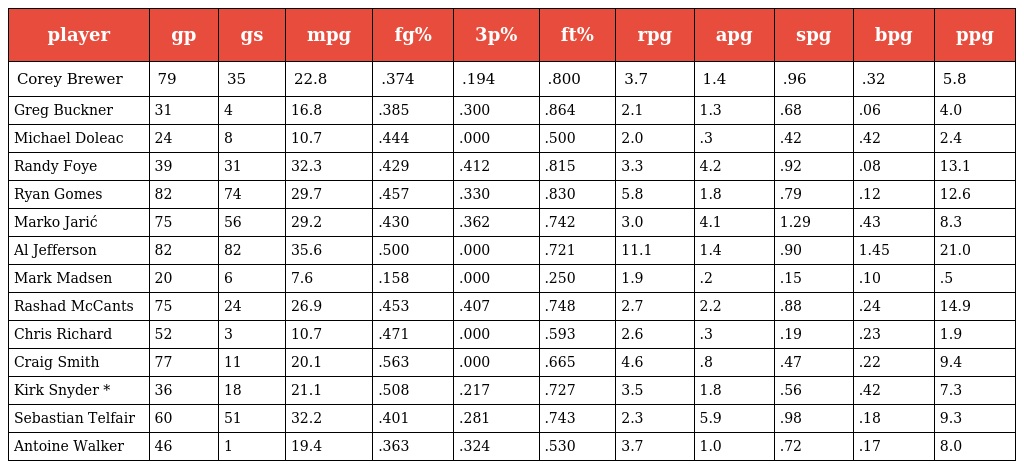
| player | gp | gs | mpg | fg% | 3p% | ft% | rpg | apg | spg | bpg | ppg |
 | --- | --- | --- | --- | --- | --- | --- | --- | --- | --- | --- | --- |
 | Corey Brewer | 79 | 35 | 22.8 | .374 | .194 | .800 | 3.7 | 1.4 | .96 | .32 | 5.8 |
 | Greg Buckner | 31 | 4 | 16.8 | .385 | .300 | .864 | 2.1 | 1.3 | .68 | .06 | 4.0 |
 | Michael Doleac | 24 | 8 | 10.7 | .444 | .000 | .500 | 2.0 | .3 | .42 | .42 | 2.4 |
 | Randy Foye | 39 | 31 | 32.3 | .429 | .412 | .815 | 3.3 | 4.2 | .92 | .08 | 13.1 |
 | Ryan Gomes | 82 | 74 | 29.7 | .457 | .330 | .830 | 5.8 | 1.8 | .79 | .12 | 12.6 |
 | Marko Jarić | 75 | 56 | 29.2 | .430 | .362 | .742 | 3.0 | 4.1 | 1.29 | .43 | 8.3 |
 | Al Jefferson | 82 | 82 | 35.6 | .500 | .000 | .721 | 11.1 | 1.4 | .90 | 1.45 | 21.0 |
 | Mark Madsen | 20 | 6 | 7.6 | .158 | .000 | .250 | 1.9 | .2 | .15 | .10 | .5 |
 | Rashad McCants | 75 | 24 | 26.9 | .453 | .407 | .748 | 2.7 | 2.2 | .88 | .24 | 14.9 |
 | Chris Richard | 52 | 3 | 10.7 | .471 | .000 | .593 | 2.6 | .3 | .19 | .23 | 1.9 |
 | Craig Smith | 77 | 11 | 20.1 | .563 | .000 | .665 | 4.6 | .8 | .47 | .22 | 9.4 |
 | Kirk Snyder * | 36 | 18 | 21.1 | .508 | .217 | .727 | 3.5 | 1.8 | .56 | .42 | 7.3 |
 | Sebastian Telfair | 60 | 51 | 32.2 | .401 | .281 | .743 | 2.3 | 5.9 | .98 | .18 | 9.3 |
 | Antoine Walker | 46 | 1 | 19.4 | .363 | .324 | .530 | 3.7 | 1.0 | .72 | .17 | 8.0 |